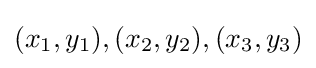
(x_{1},y_{1}),(x_{2},y_{2}),(x_{3},y_{3})